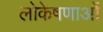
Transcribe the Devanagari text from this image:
लोकेषणाओं